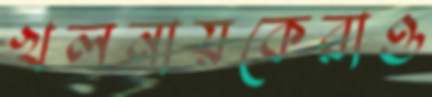
খলনায়কেরাও